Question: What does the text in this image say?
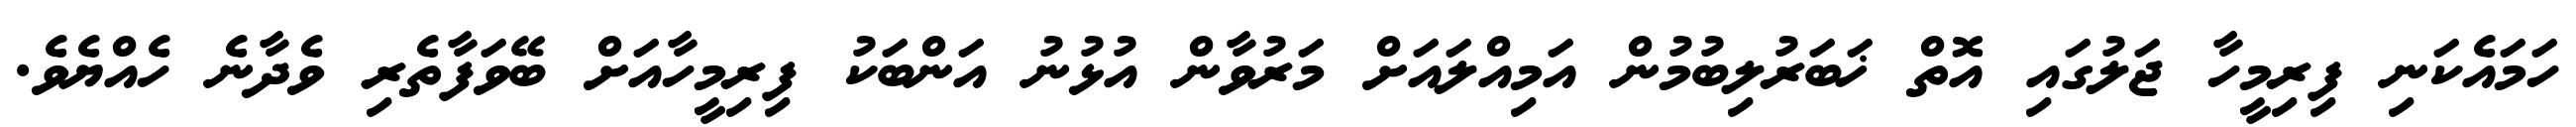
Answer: ހަމައެކަނި ފިރިމީހާ ޖަލުގައި އޮތް ޚަބަރުލިބުމުން އަމިއްލައަށް މަރުވާން އުޅުނު އަންބަކު ފިރިމީހާއަށް ބޭވަފާތެރި ވެދާނެ ހެއްޔެވެ.